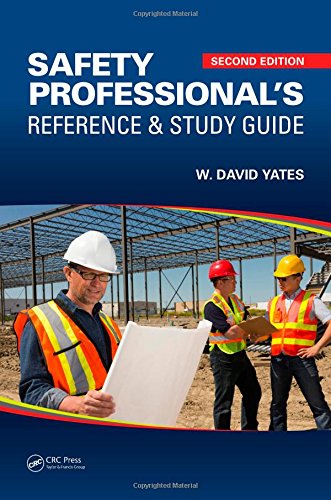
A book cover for Safety Professional's Reference and Study Guide, Second Edition; W. David Yates; Engineering & Transportation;